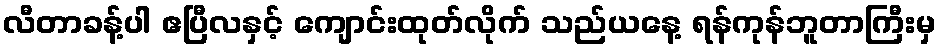
လီတာခန့်ပါ ဧပြီလနှင့် ကျောင်းထုတ်လိုက် သည်ယနေ့ ရန်ကုန်ဘူတာကြီးမှ